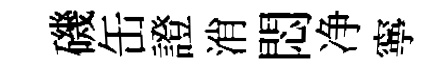
磯缶證消悶净寧